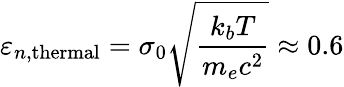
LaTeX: \varepsilon_{n,\textnormal{thermal}}=\sigma_{0}\sqrt{\frac{k_{b}T}{m_{e}c^{2}}}\approx 0.6